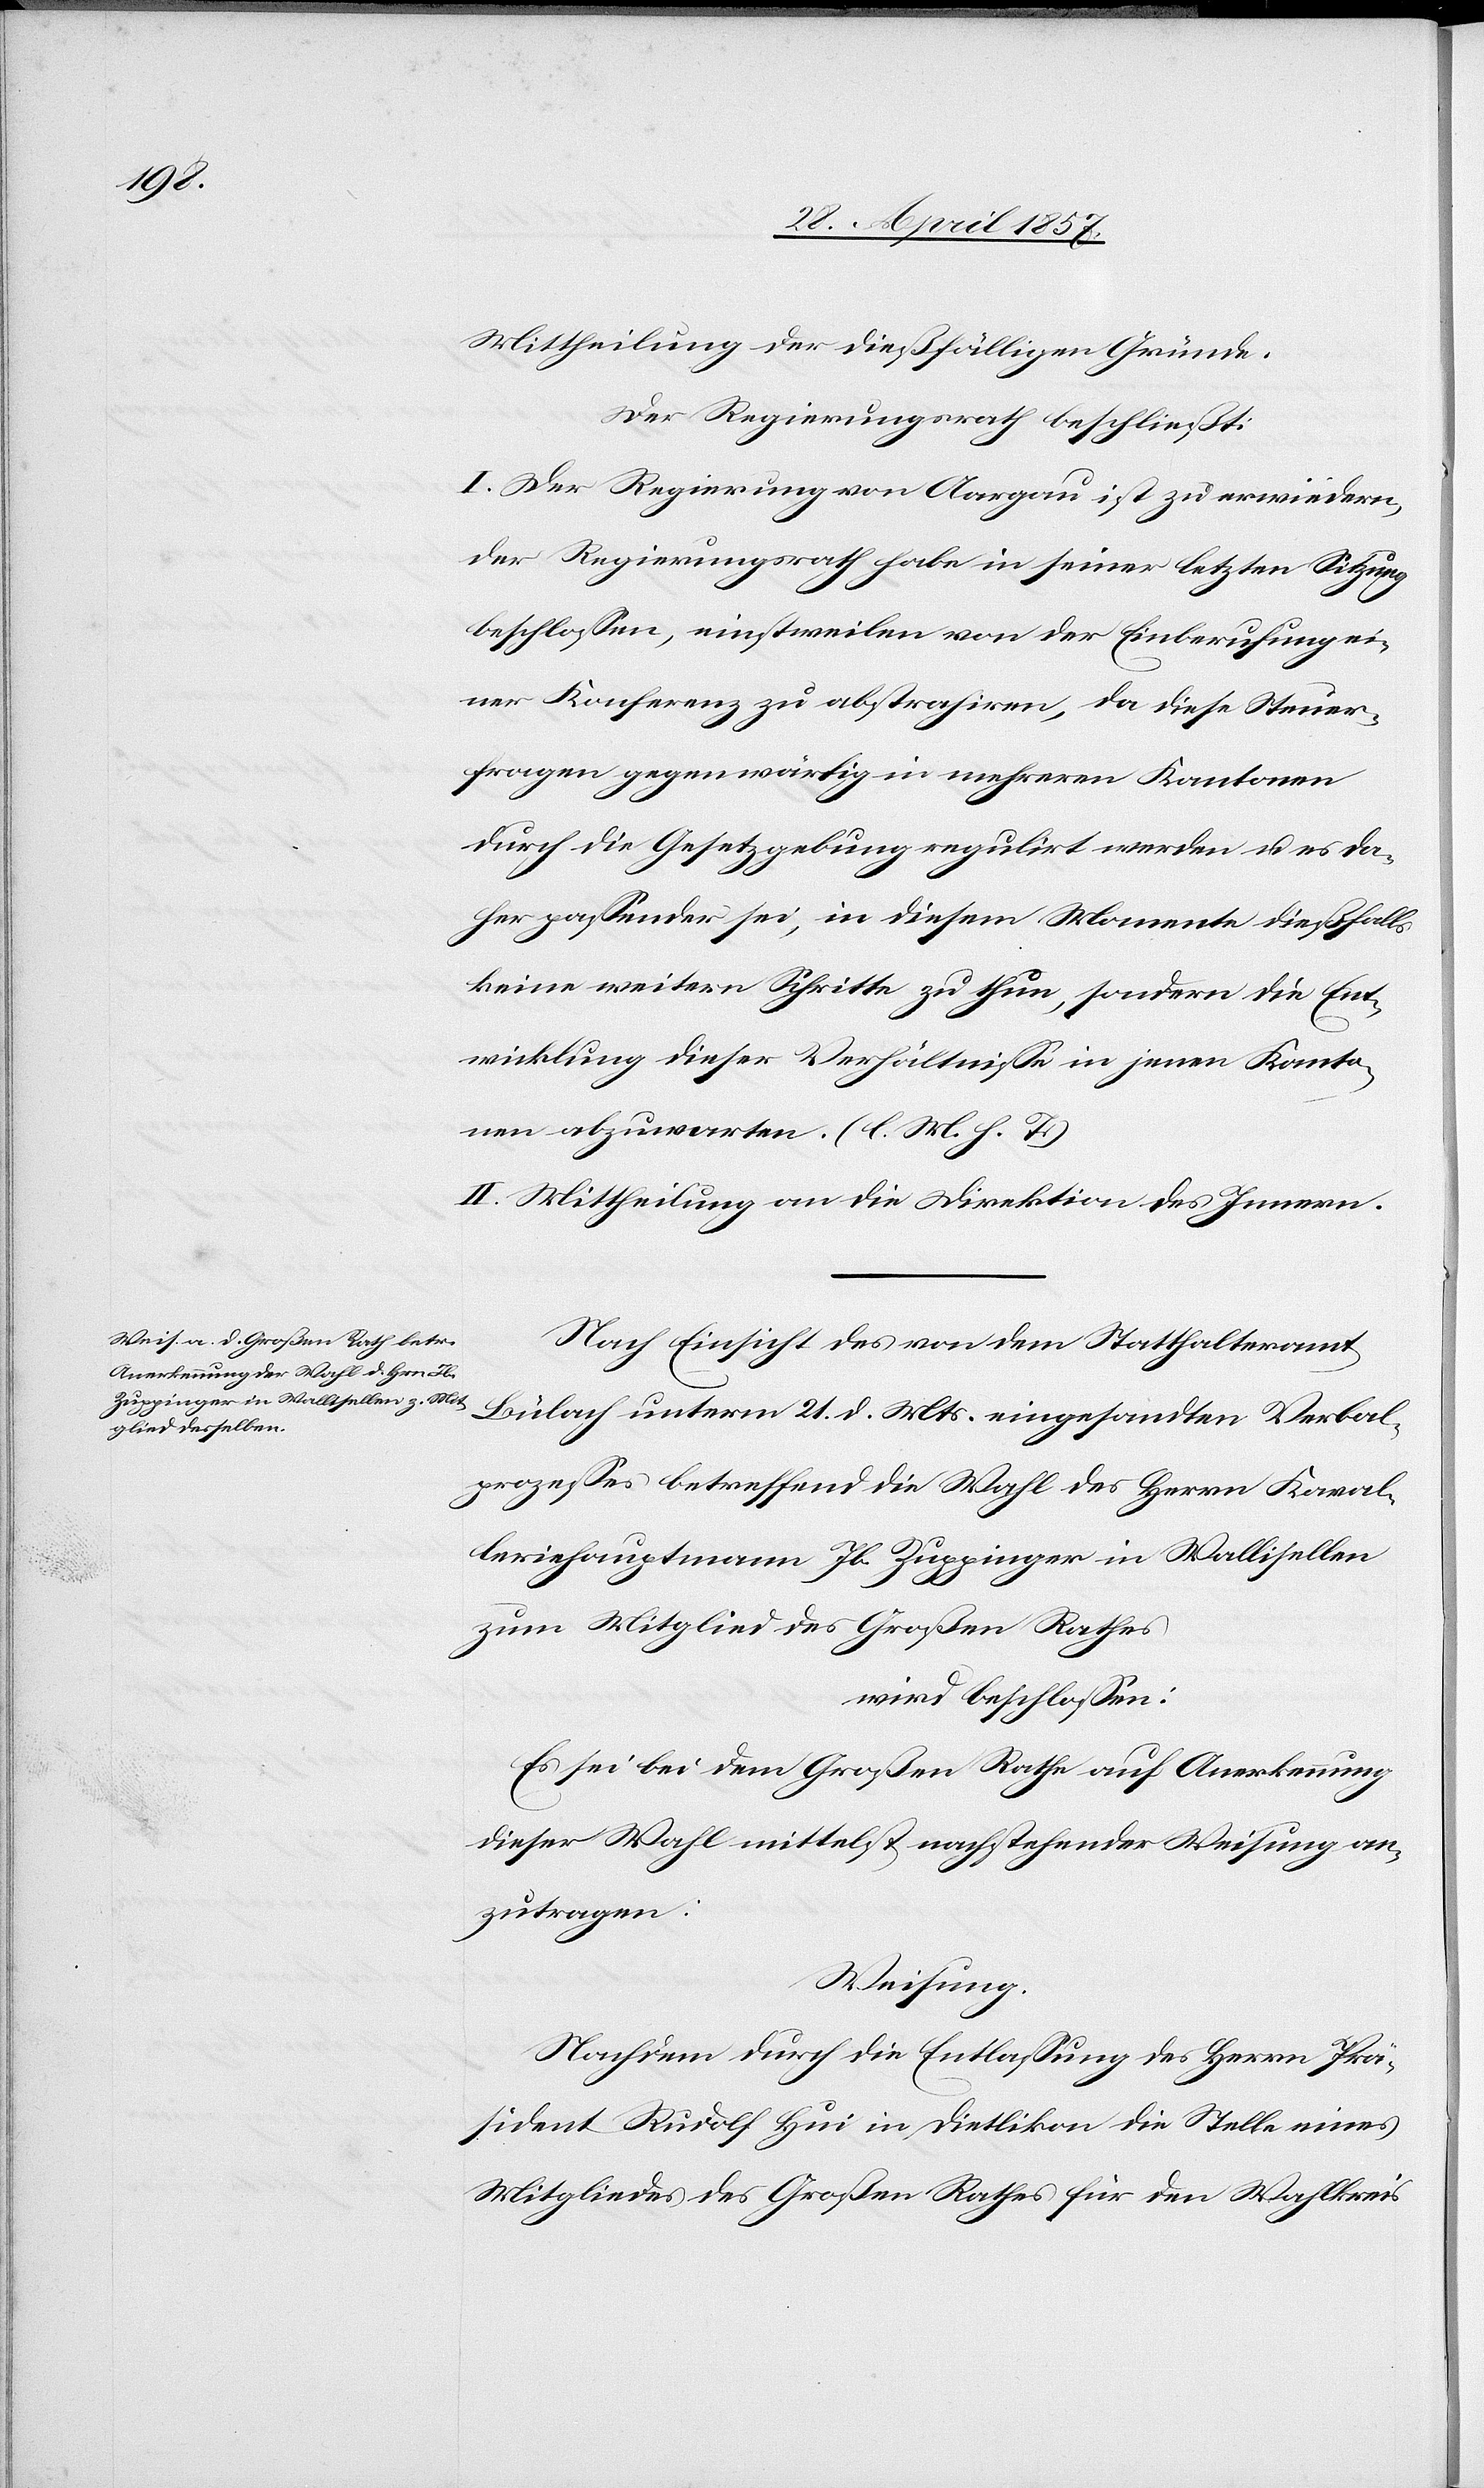
Mittheilung der dießfälligen Gründe.
Der Regierungsrath beschließt:
I. Der Regierung von Aargau ist zu erwiedern,
der Regierungsrath habe in seiner letzten Sitzung
beschloßen, einstweilen von der Einberufung ei¬
ner Konferenz zu abstrahiren, da diese Steuer¬
fragen gegenwärtig in mehreren Kantonen
durch die Gesetzgebung regulirt werden u. es da¬
her paßender sei, in diesem Momente dießfalls
keine weitern Schritte zu thun, sondern die Ent¬
wicklung dieser Verhältniße in jenen Kanto¬
nen abzuwarten. [l. M. h. T]
II. Mittheilung an die Direktion des Innern.
Nach Einsicht des von dem Statthalteramt
Bülach unterm 21 d. Mts. eingesandten Verbal¬
prozeßes betreffend die Wahl des Herrn Kaval¬
leriehauptmann Jb. Zuppinger in Wallisellen
zum Mitglied des Großen Rathes.
wird beschloßen:
Es sei bei dem Großen Rathe auf Anerkennung
dieser Wahl mittelst nachstehender Weisung an¬
zutragen:
Weisung.
Nachdem durch die Entlaßung des Herrn Prä¬
sident Rudolf Hui in Dietlikon die Stelle eines
Mitgliedes des Großen Rathes für den Wahlkreis